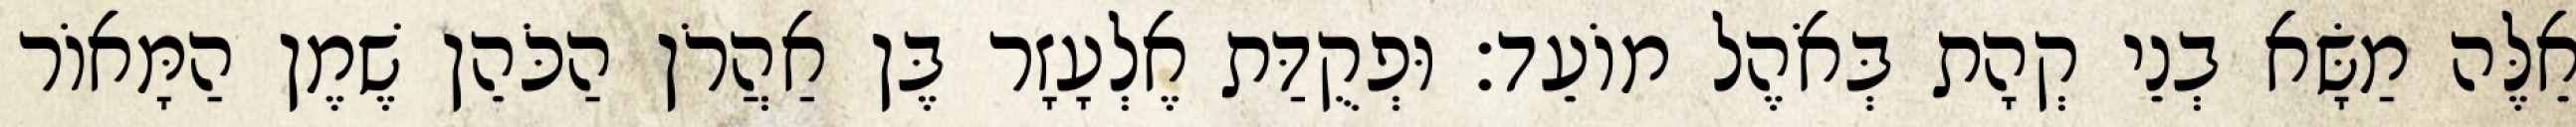
אֵלֶּה מַשָּׂא בְנֵי קְהָת בְּאֹהֶל מוֹעֵד׃ וּפְקֻדַּת אֶלְעָזָר בֶּן אַהֲרֹן הַכֹּהֵן שֶׁמֶן הַמָּאוֹר